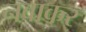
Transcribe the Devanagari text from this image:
नवाकर